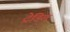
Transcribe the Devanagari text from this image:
ट्रेडिल